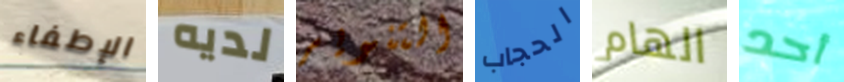
الإطفاء لديه التنوير الحجاب الهام أحد